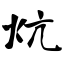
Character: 炕